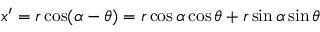
x ^ { \prime } = r \cos ( \alpha - \theta ) = r \cos \alpha \cos \theta + r \sin \alpha \sin \theta